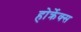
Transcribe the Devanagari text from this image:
होर्क्रेक्स